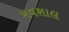
મવશાલ